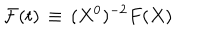
{ \cal F } ( t ) \, \equiv \, ( X ^ { 0 } ) ^ { - 2 } F ( X )